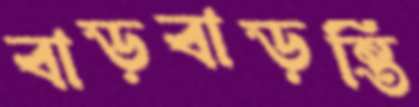
বাড়বাড়ন্তি